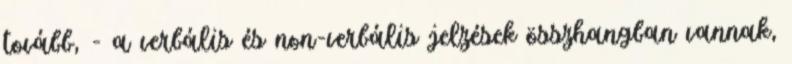
tovább, - a verbális és non-verbális jelzések összhangban vannak,